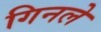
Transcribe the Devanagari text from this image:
गिनले